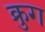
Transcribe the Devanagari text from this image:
क्रुग